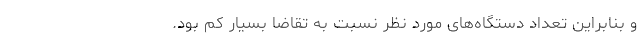
و بنابراین تعداد دستگاه‌های مورد نظر نسبت به تقاضا بسیار کم بود.